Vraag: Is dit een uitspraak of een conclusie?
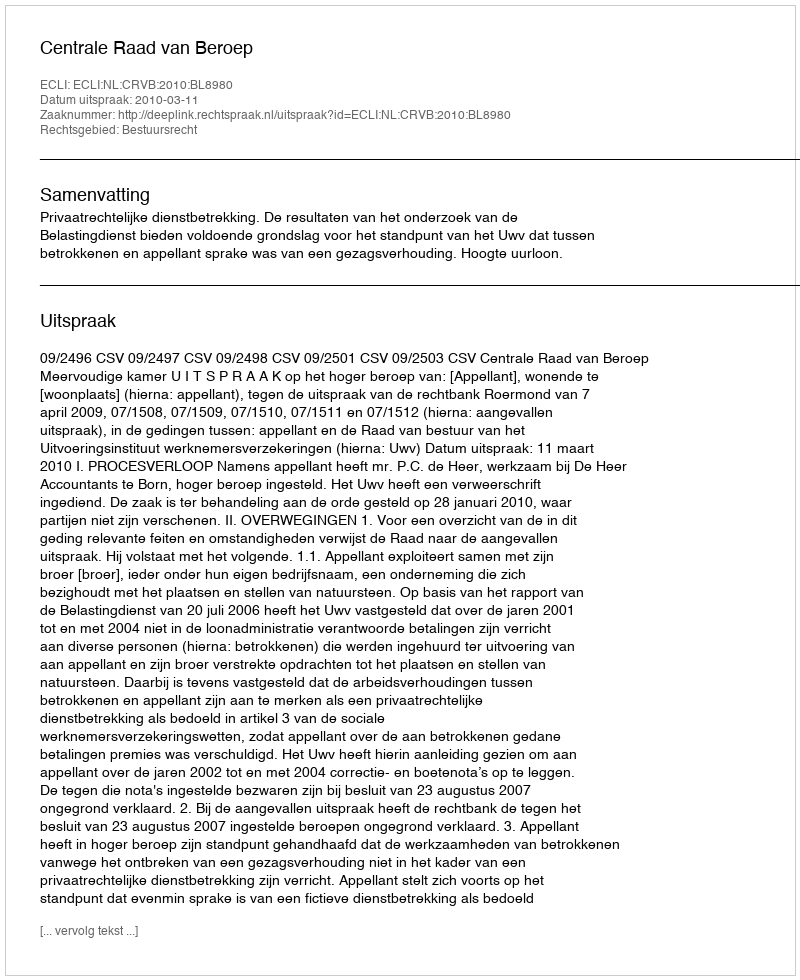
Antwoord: Uitspraak